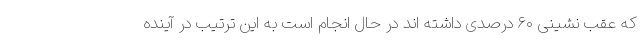
که عقب نشینی ۶۰ درصدی داشته اند در حال انجام است به این ترتیب در آینده